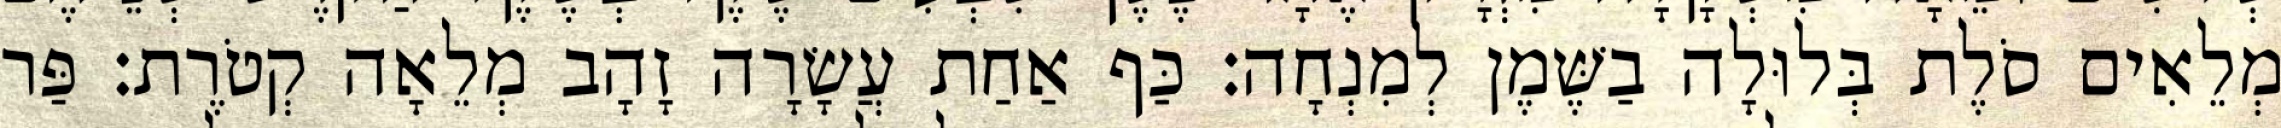
מְלֵאִים סֹלֶת בְּלוּלָה בַשֶּׁמֶן לְמִנְחָה׃ כַּף אַחַת עֲשָׂרָה זָהָב מְלֵאָה קְטֹרֶת׃ פַּר